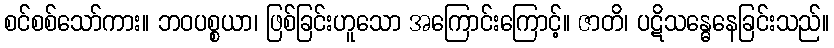
စင်စစ်သော်ကား။ ဘဝပစ္စယာ၊ ဖြစ်ခြင်းဟူသော အကြောင်းကြောင့်။ ဇာတိ၊ ပဋိသန္ဓေနေခြင်းသည်။